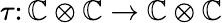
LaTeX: \tau\colon\mathbb{C}\otimes\mathbb{C}\to\mathbb{C}\otimes\mathbb{C}